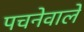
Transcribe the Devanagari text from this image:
पचनेवाले